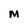
Character: M